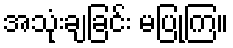
အသုံးချခြင်း မပြုကြ။